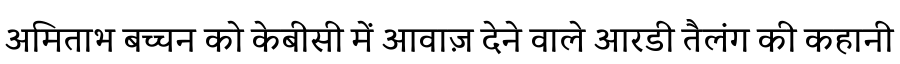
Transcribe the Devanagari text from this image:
अमिताभ बच्चन को केबीसी में आवाज़ देने वाले आरडी तैलंग की कहानी